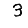
Digit: 3